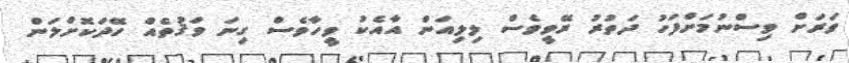
ވަރަށް ވިސްނުމަށްފަހު ދަތުރު ރޭވީވެސް ލިލިއަން އާއެކު ވީހާވެސް ގިނަ ވަޤުތެއް ހޭދަކޮށްލަން